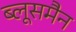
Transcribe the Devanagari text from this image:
ब्लूसमैन